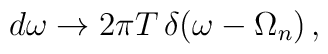
d \omega\to 2\pi T\, \delta (\omega - \Omega_n)\,{,}